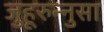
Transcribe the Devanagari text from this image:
जुहूरुन्नुसा